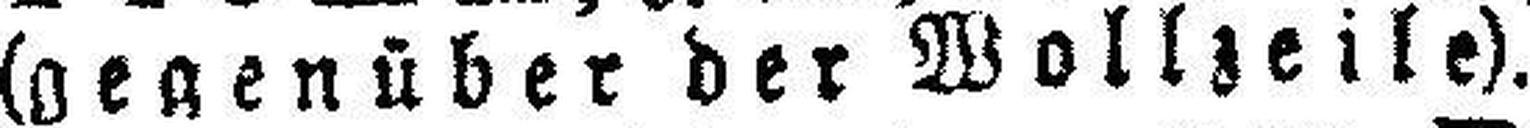
(gegenüber der Wollzeile).